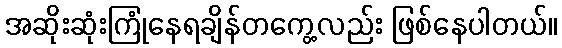
အဆိုးဆုံးကြုံနေရချိန်တကွေ့လည်း ဖြစ်နေပါတယ်။